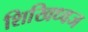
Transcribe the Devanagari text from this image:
शिखिध्वज